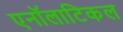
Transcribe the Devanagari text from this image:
एनॉलाटिकल